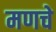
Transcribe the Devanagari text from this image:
मणचे